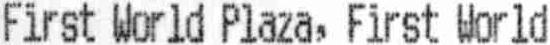
FIRST WORLD PLAZA, FIRST WORLD